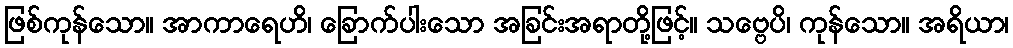
ဖြစ်ကုန်သော။ အာကာရေဟိ၊ ခြောက်ပါးသော အခြင်းအရာတို့ဖြင့်။ သဗ္ဗေပိ၊ ကုန်သော။ အရိယာ၊